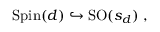
\mathrm { S p i n } ( d ) \hookrightarrow \mathrm { S O } ( s _ { d } ) \; ,